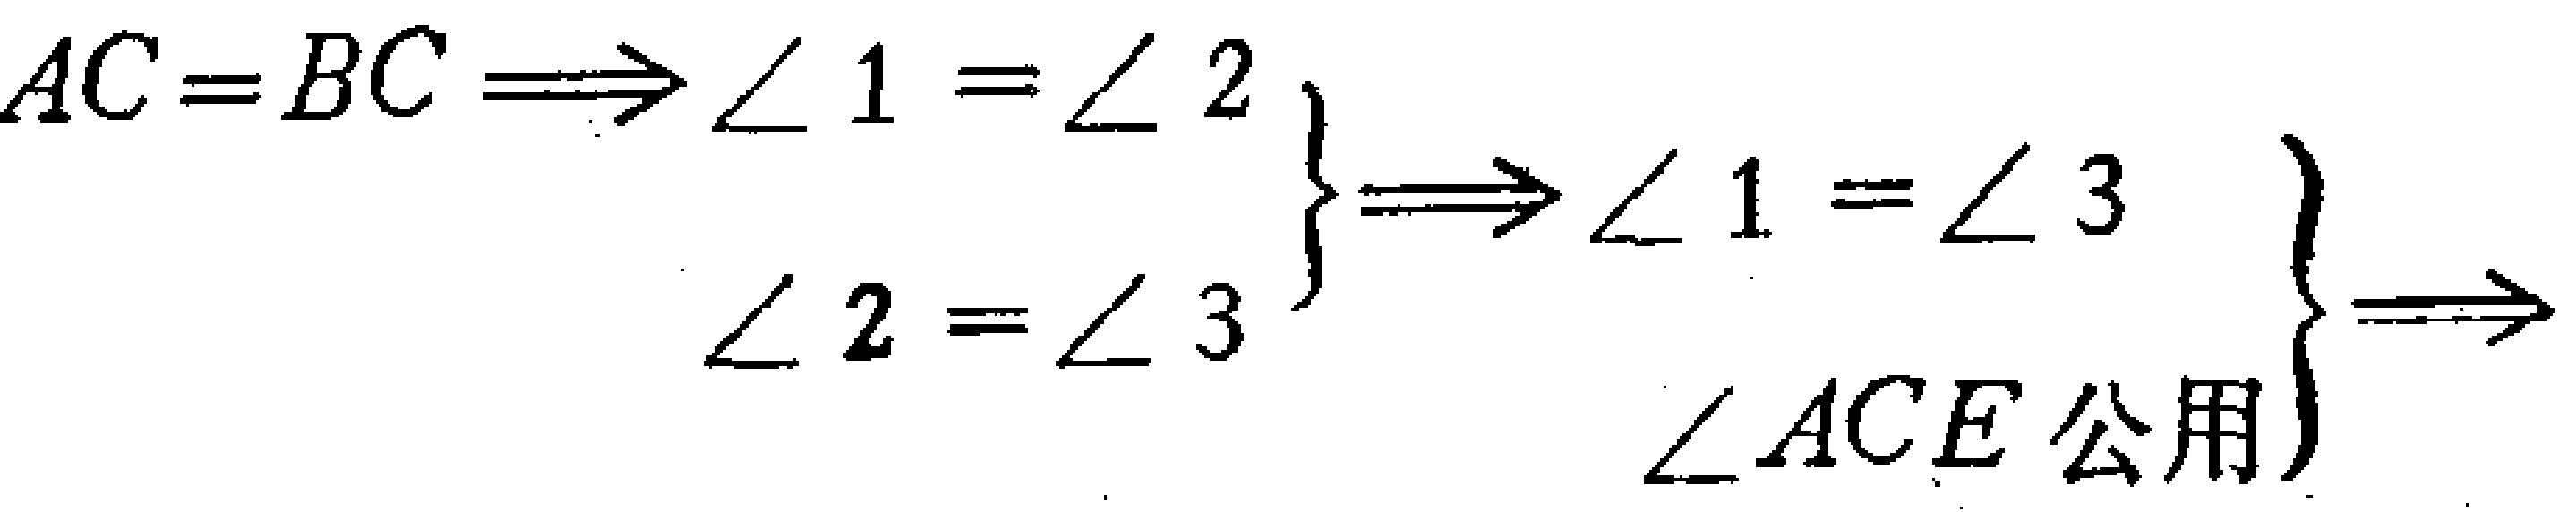
\[

\left.

\begin{matrix}

AC = BC \Longrightarrow \angle 1 = \angle 2 \\

\angle 2 = \angle 3

\end{matrix}

\right\}

\Longrightarrow

\left.

\begin{matrix}

\angle 1 = \angle 3 \\

\angle ACE \text{ 公用}

\end{matrix}

\right\}

\Longrightarrow

\]